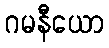
ဂမနီယော